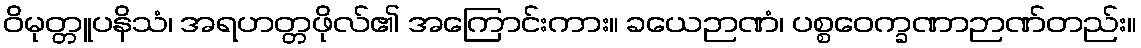
ဝိမုတ္တူပနိသံ၊ အရဟတ္တဖိုလ်၏ အကြောင်းကား။ ခယေဉာဏံ၊ ပစ္စဝေက္ခဏာဉာဏ်တည်း။